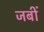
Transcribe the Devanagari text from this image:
जबीं